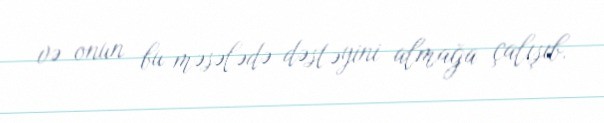
və onun bu məsələdə dəstəyini almağa çalışıb.